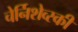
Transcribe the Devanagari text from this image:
चेर्निशेव्स्की